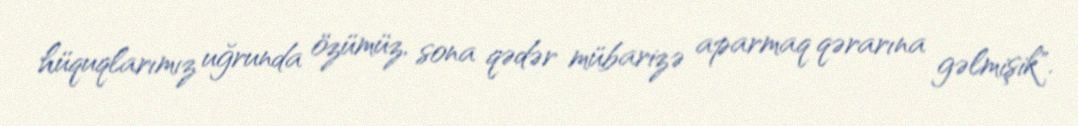
hüquqlarımız uğrunda özümüz, sona qədər mübarizə aparmaq qərarına gəlmişik".